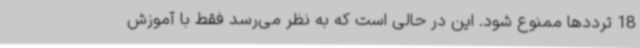
18 ترددها ممنوع شود. این در حالی است که به نظر می‌رسد فقط با آموزش